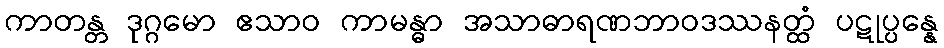
ကာတန္တ ဒုဂ္ဂမော ဧသာဝ ကာမန္ဓာ အသာဓာရဏဘာဝဒဿနတ္ထံ ပဋုပ္ပန္နေ